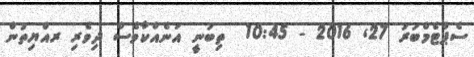
ސެޕްޓެމްބަރު 27